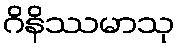
ဂိနိဿမာသု